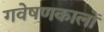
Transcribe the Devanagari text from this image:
गवेषणकालों